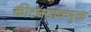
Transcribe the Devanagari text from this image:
कीटनाशकमुक्त